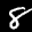
Label: 8